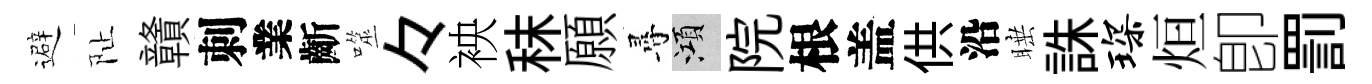
避阯贛刺業齗噬々䘧秣願尋澒院根盖供沿睡誅琛烜卽罰